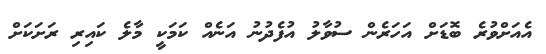
އެއަށްވުރެ ބޮޑަށް އަހަރެން ސުވާލު އުފެދުނު އަނެއް ކަމަކީ މާލެ ކައިރި ރަށަކަށް